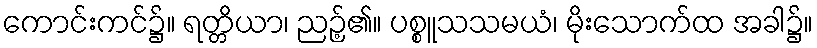
ကောင်းကင်၌။ ရတ္တိယာ၊ ညဉ့်၏။ ပစ္စူသသမယံ၊ မိုးသောက်ထ အခါ၌။